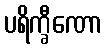
ပရိက္ခီဏော